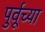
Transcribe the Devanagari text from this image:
पुर्वूच्या